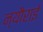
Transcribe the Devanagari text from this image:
न्यौराई